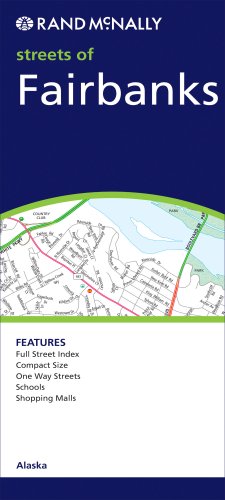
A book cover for Rand Mcnally Champion Map Fairbanks, Alaska (Rand McNally Streets Of...); Rand McNally; Travel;